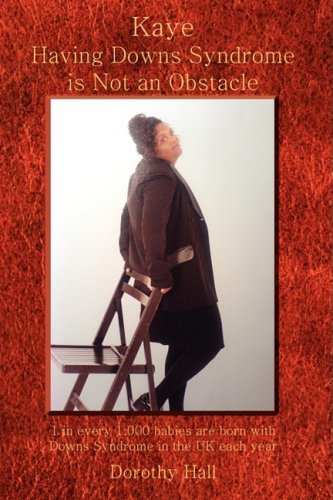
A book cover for Kaye Having Downs Syndrome Is Not an Obstacle: 1 in Every 1.000 Babies Are Born with Downs Syndrome in the UK Each Year; Dorothy Hall; Health, Fitness & Dieting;